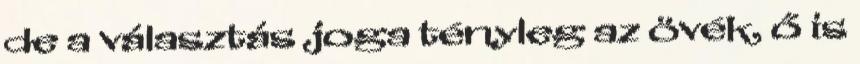
de a választás joga tényleg az övék, ő is